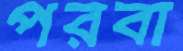
পরবা